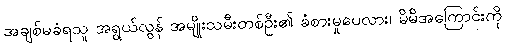
အချစ်မခံရသူ အရွယ်လွန် အမျိုးသမီးတစ်ဦး၏ ခံစားမှုပေလား၊ မိမိအကြောင်းကို